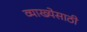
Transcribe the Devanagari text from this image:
व्याख्येसाठी